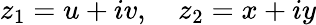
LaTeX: z_{1}=u+iv,\quad z_{2}=x+iy